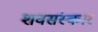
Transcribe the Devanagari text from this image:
शवसंस्कार